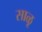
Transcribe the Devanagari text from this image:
साळू